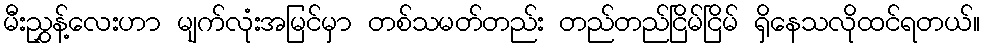
မီးညွှန့်လေးဟာ မျက်လုံးအမြင်မှာ တစ်သမတ်တည်း တည်တည်ငြိမ်ငြိမ် ရှိနေသလိုထင်ရတယ်။